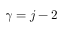
\gamma = j - 2